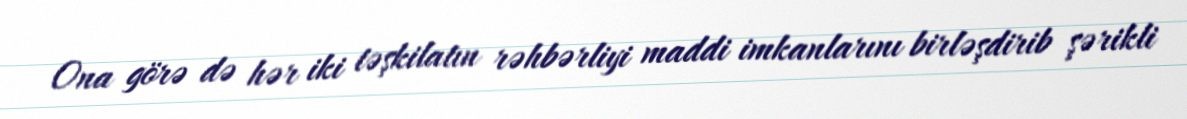
Ona görə də hər iki təşkilatın rəhbərliyi maddi imkanlarını birləşdirib şərikli